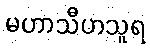
မဟာသီဟသူရ